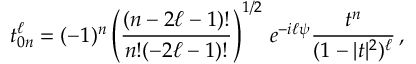
t _ { 0 n } ^ { \ell } = ( - 1 ) ^ { n } \left( \frac { ( n - 2 \ell - 1 ) ! } { n ! { ( - 2 \ell - 1 ) ! } } \right) ^ { 1 / 2 } \, e ^ { - i \ell \psi } \frac { t ^ { n } } { ( 1 - | t | ^ { 2 } ) ^ { \ell } } \, ,